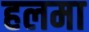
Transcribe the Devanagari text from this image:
हलमा